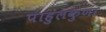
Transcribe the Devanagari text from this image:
पाहुलकुणा